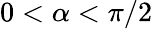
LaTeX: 0<\alpha<\pi/2